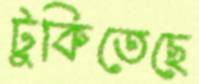
টুকিতেছে